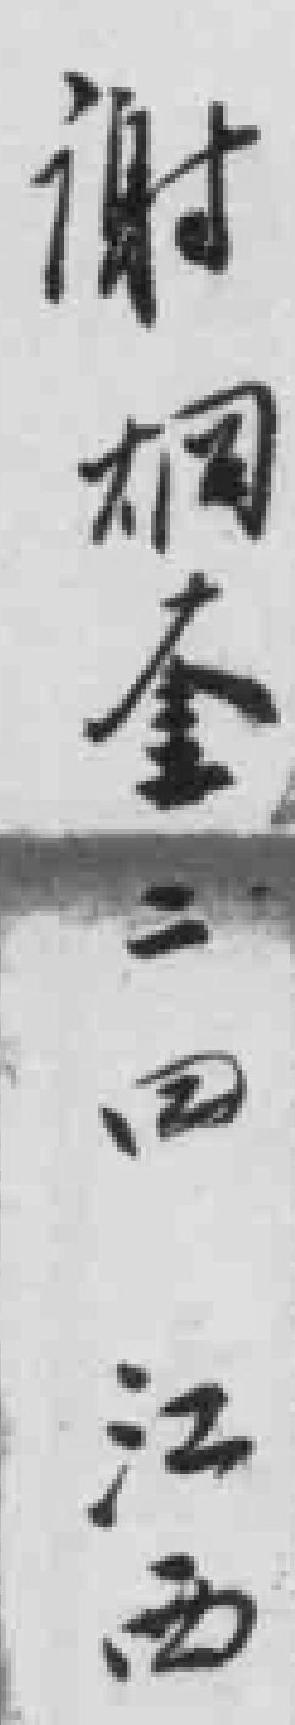
谢桐荃二四江西